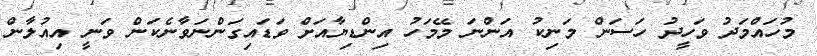
މުހައްމަދު ވަހީދު ހަސަން މަނިކު އަންނަ މޭމަހު އިންޑިޔާއަށް ވަޑައިގަންނަވާނެކަން ވަނީ އިއުލާން